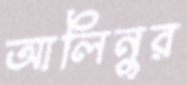
আলিনুর